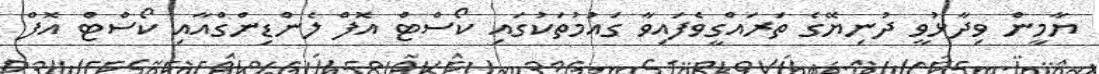
ޔާމީން ވިދާޅުވީ ދުނިޔޭގެ ތަރައްގީވެފައިވާ ގައުމުތަކުގައި ކޯސްޓް އޮފް ލެންޑިންގްއާއި ކޯސްޓް އޮފް